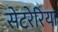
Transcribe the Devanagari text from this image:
सेटरेरिया